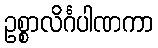
ဥစ္စာလိင်္ဂပါဏကာ